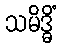
သမိဒ္ဓိံ